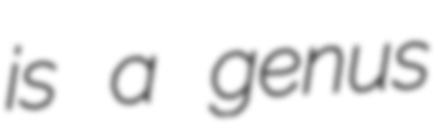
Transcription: is a genus